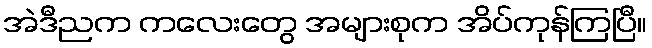
အဲဒီညက ကလေးတွေ အများစုက အိပ်ကုန်ကြပြီ။